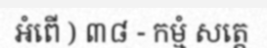
អំពើ ) ៣៨ - កម្មំ សត្តេ